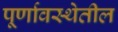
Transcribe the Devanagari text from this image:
पूर्णावस्थेतील